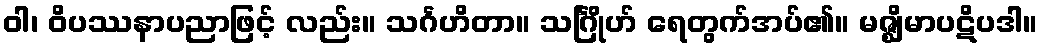
ဝါ၊ ဝိပဿနာပညာဖြင့် လည်း။ သင်္ဂဟိတာ။ သင်္ဂြိုဟ် ရေတွက်အပ်၏။ မဇ္ဈိမာပဋိပဒါ။